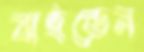
বাইডেন